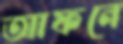
আফনে